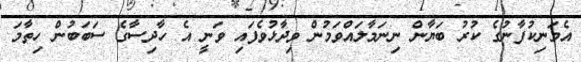
އެމަނިކުފާނުގެ ކުރު ބަޔާން ނިނަމާލައްވަމުން ވިދާޅުވެފައި ވަނީ އެ ހާދިސާގެ ސަބަބުން ހިތާމަ